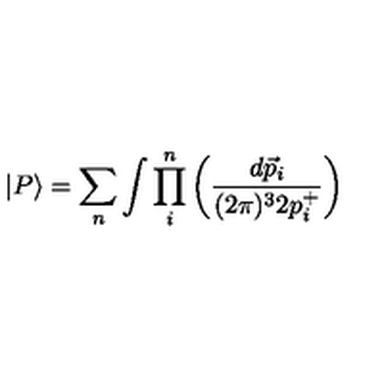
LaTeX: \vert P \rangle = \sum _ { n } \int \prod _ { i } ^ { n } \left( \frac { d \vec { p } _ { i } } { ( 2 \pi ) ^ { 3 } 2 p _ { i } ^ { + } } \right)